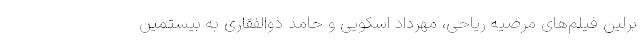
برلین فیلم‌های مرضیه ریاحی، مهرداد اسکویی و حامد ذوالفقاری به بیستمین